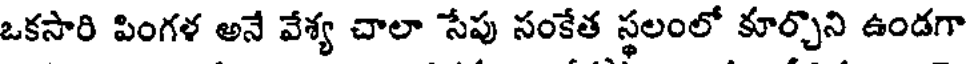
ఒకసారి పింగళ అనే వేశ్య చాలా సేపు సంకేత స్థలంలో కూర్చొని ఉండగా